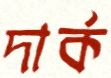
দার্ক